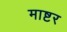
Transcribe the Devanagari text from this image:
माष्टर